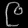
Digit: ၉